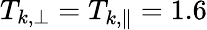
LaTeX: T_{k,\perp}=T_{k,\parallel}=1.6